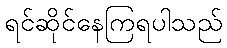
ရင်ဆိုင်နေကြရပါသည်